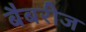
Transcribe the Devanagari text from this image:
बैबरीज